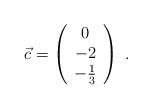
\begin{align*}\vec{c}= \left( \begin{array}{c} 0 \\ -2 \\ -\frac{1}{3} \\ \end{array} \right)\; .\end{align*}